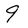
Character: 9